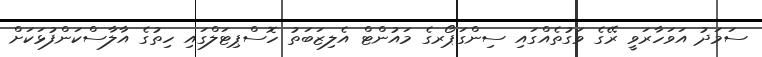
ސަމަދު އަވަހާރަވީ ރޭގެ ވަގުތެއްގައި ސިންގަޕޯރގެ މައުންޓް އެލިޒަބަތު ހޮސްޕިޓަލްގައި ހިތުގެ އާލާސްކަންފުޅަކަށް